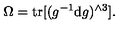
\Omega = \mathrm { t r } [ ( g ^ { - 1 } \mathrm { d } g ) ^ { \wedge 3 } ] .